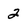
Character: 2